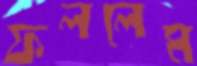
ফললেম